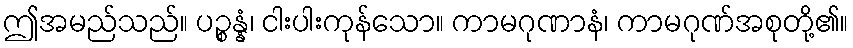
ဤအမည်သည်။ ပဉ္စန္နံ၊ ငါးပါးကုန်သော။ ကာမဂုဏာနံ၊ ကာမဂုဏ်အစုတို့၏။